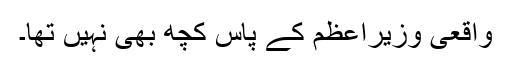
واقعی وزیراعظم کے پاس کچھ بھی نہیں تھا۔